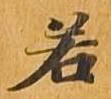
若